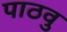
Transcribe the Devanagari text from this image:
पाठवु